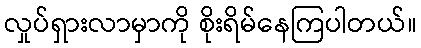
လှုပ်ရှားလာမှာကို စိုးရိမ်နေကြပါတယ်။